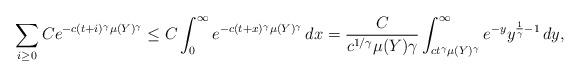
LaTeX: \begin{align*}\sum_{i \ge 0} Ce^{-c(t+i)^\gamma \mu(Y)^\gamma} \le C \int_0^\infty e^{- c (t+x)^\gamma \mu(Y)^\gamma} \, dx= \frac{C}{ c^{1/\gamma} \mu(Y) \gamma} \int_{ct^\gamma \mu(Y)^\gamma}^\infty e^{-y} y^{\frac{1}{\gamma} -1} \, dy,\end{align*}